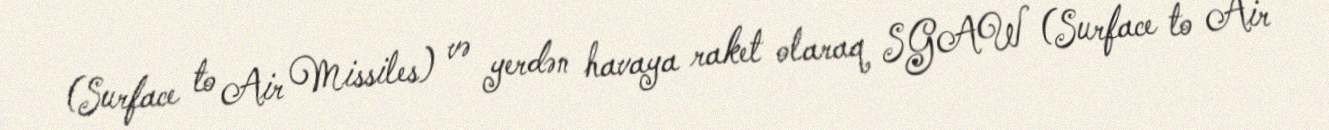
(Surface to Air Missiles) və yerdən havaya raket olaraq SGAW (Surface to Air